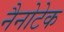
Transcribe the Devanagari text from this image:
नैनोटेक